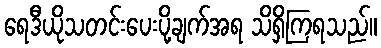
ရေဒီယိုသတင်းပေးပို့ချက်အရ သိရှိကြရသည်။